Trukikaitis_Postimees, lk 53
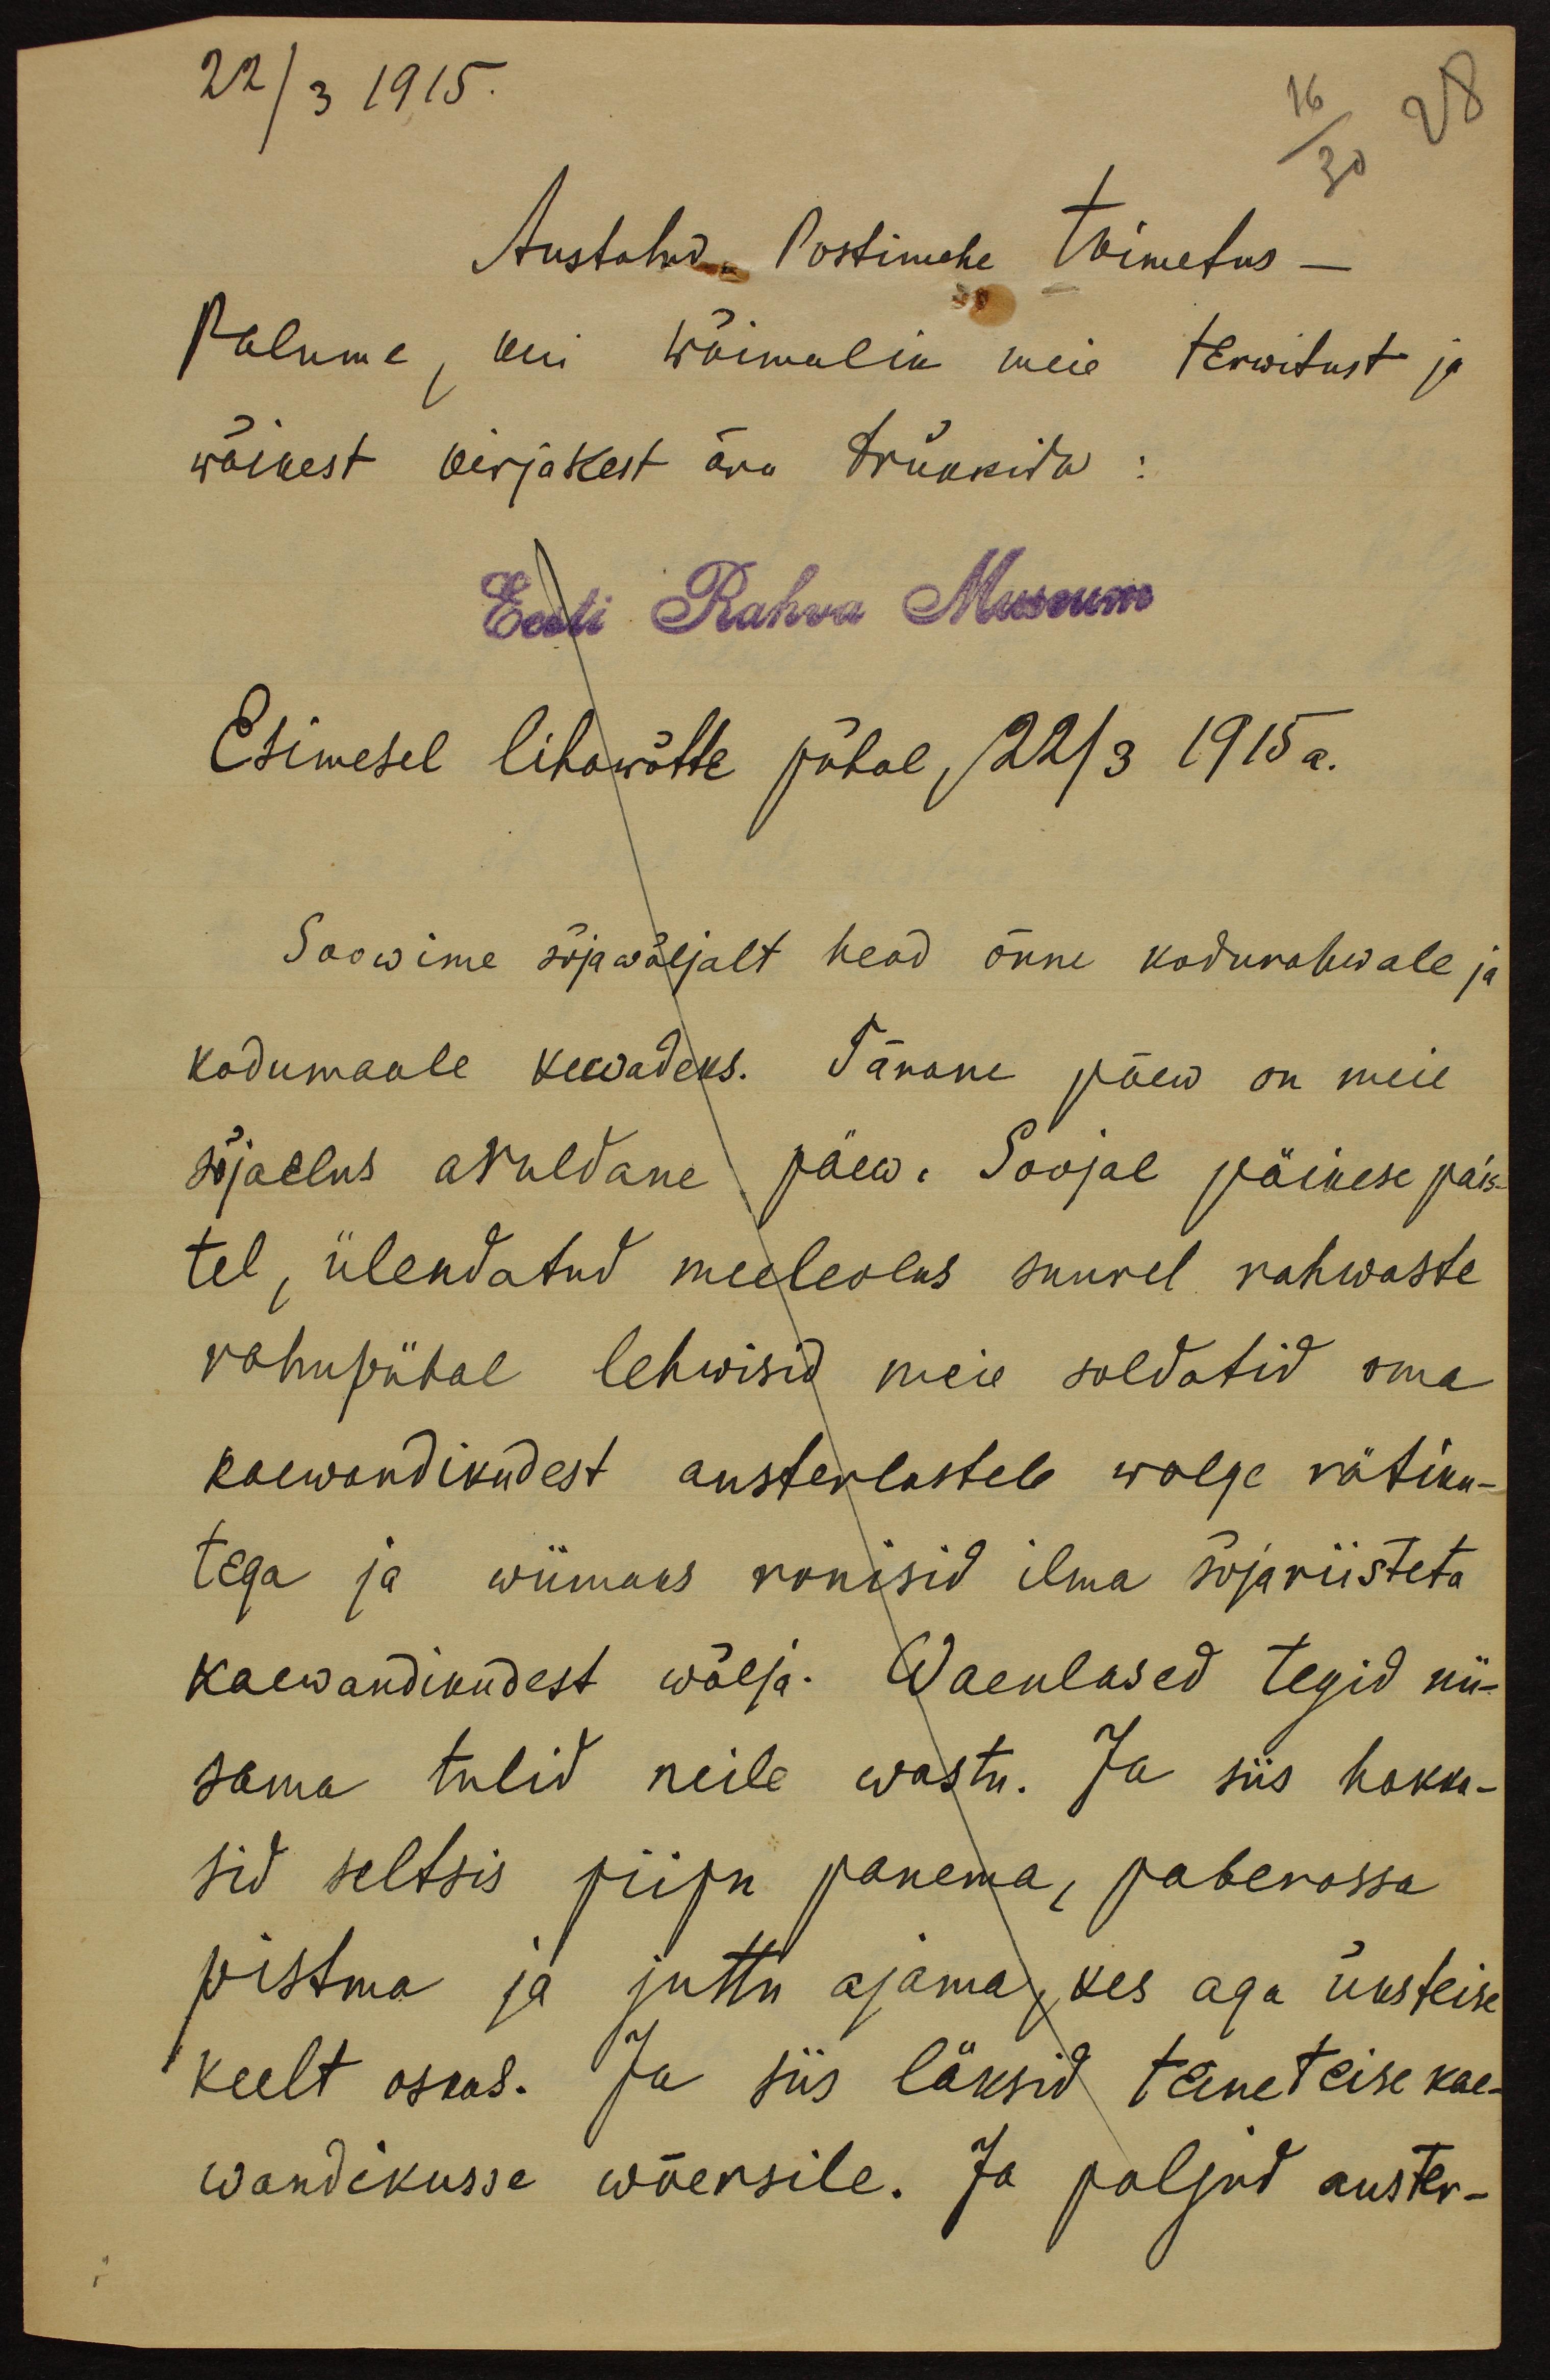
22/3 1915.
16
28
30
Austatud Postimehe toimetus -
Palume, kui wõimalik meie terwitust ja
wäikest kirjakest ära trükkida:
Eesti Rahva Museum
Esimesel lihawõtte pühal, 22/3 1915 a.
Soowime sõjawäljalt head õnne kodurahwale ja
kodumaale kewadeks. Tänane päew on meie
sõjaelus aruldane päew. Soojal päikese pais-
tel, ülendatud meeleolus suurel rahwaste
rahupühal lehwisid meie soldatid oma
kaewandikudest austerlastele walge rätiku-
tega ja wiimaks ronisid ilma sõjariisteta
kaewandikudest wälja. Waenlased tegid nii-
sama tulid neile wastu. Ja siis hakka-
sid seltsis piipu panema, paberossa
pistma ja juttu ajama, kes aga üksteise
keelt oskas. Ja siis läksid teineteise kae-
wandikusse wõersile. Ja paljud auster-